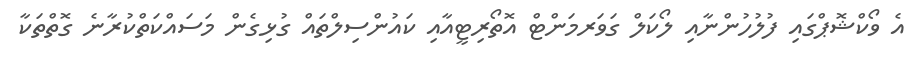
އެ ވޯކްޝޮޕްގައި ފުލުހުންނާއި ލޯކަލް ގަވަރމަންޓް އޮތޯރިޓީއާއި ކައުންސިލްތައް ގުޅިގެން މަސައްކަތްކުރާނެ ގޮތްތަކާ